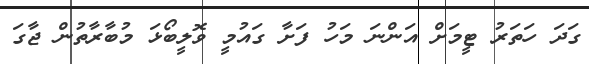
ގަދަ ހަތަރު ޓީމަށް އަންނަ މަހު ފަށާ ގައުމީ ވޮލީބޯޅަ މުބާރާތުން ޖާގަ